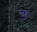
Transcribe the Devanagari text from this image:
स्वतः